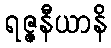
ရဇ္ဇနီယာနိ